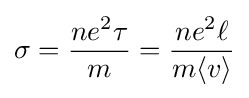
\sigma ={\frac {ne^{2}\tau }{m}}={\frac {ne^{2}\ell }{m\langle v\rangle }}